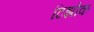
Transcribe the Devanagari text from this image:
टिझोक